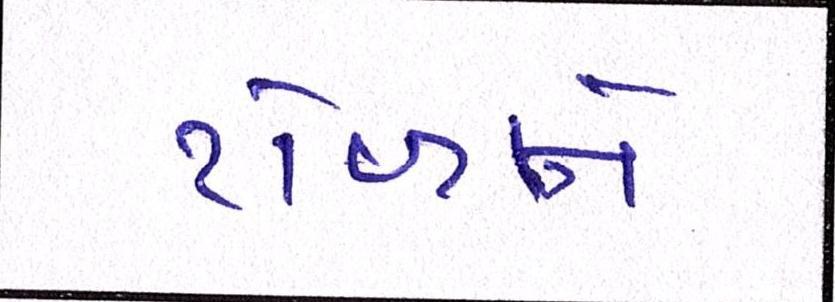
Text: ટોળાને